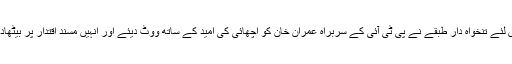
اِس لئے تنخواہ دار طبقے نے پی ٹی آئی کے سربراہ عمران خان کو اچھائی کی اُمید کے ساتھ ووٹ دیئے اور اِنہیں مسندِ اقتدار پر بیٹھادیا۔